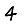
Digit: 4